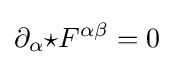
\partial _{\alpha }{\star }F^{\alpha \beta }=0